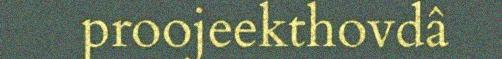
proojeekthovdâ